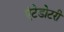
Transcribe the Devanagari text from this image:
एंटेडोटरी